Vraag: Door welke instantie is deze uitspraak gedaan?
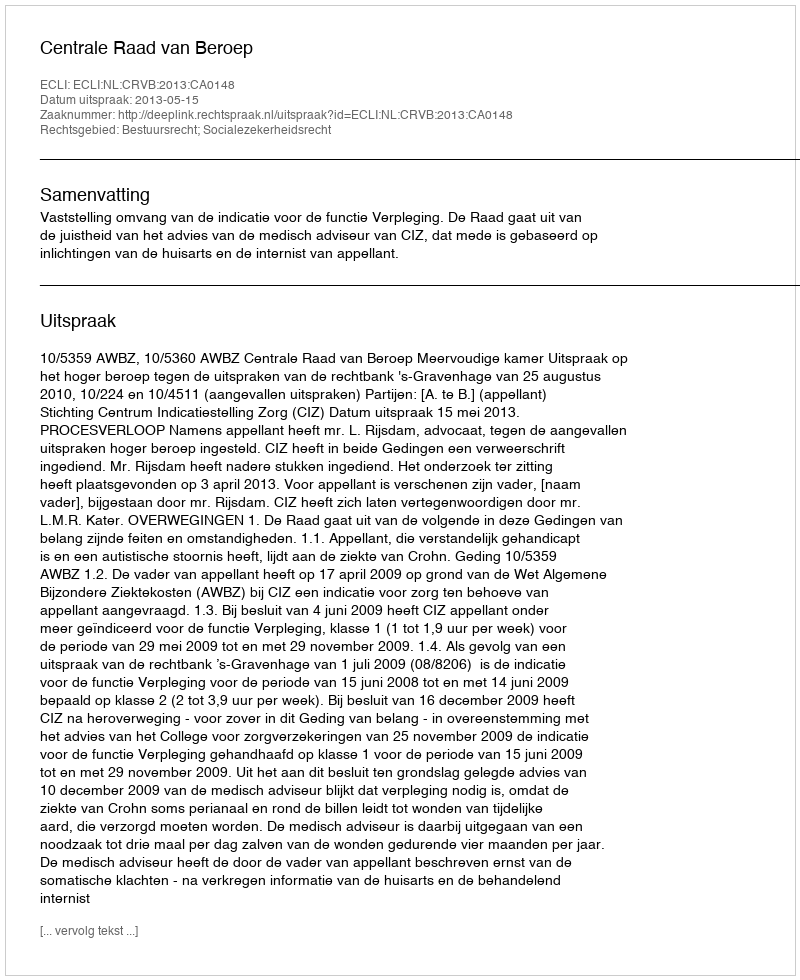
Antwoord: Centrale Raad van Beroep